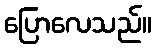
ပြောလေသည်။